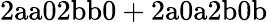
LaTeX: \mathrm{2aa02bb0+2a0a2b0b}